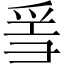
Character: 𤔌